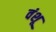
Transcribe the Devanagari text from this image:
वंशू